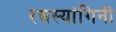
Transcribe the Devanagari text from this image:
रसस्यांगिनी